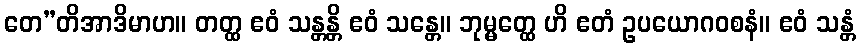
တေ”တိအာဒိမာဟ။ တတ္ထ ဧဝံ သန္တန္တိ ဧဝံ သန္တေ။ ဘုမ္မတ္ထေ ဟိ ဧတံ ဥပယောဂဝစနံ။ ဧဝံ သန္တံ